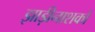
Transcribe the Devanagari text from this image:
झाड़ीनाशकों